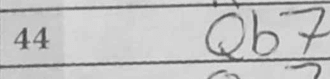
Transcription: Qb7